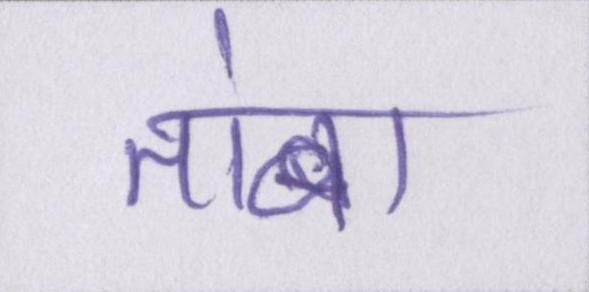
तांबा